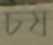
চষ